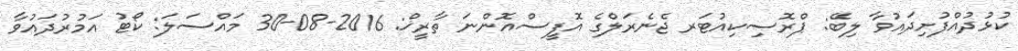
ކުޅުދުއްފުށިދައުވާ ލިބޭ: ޕްރޮސިކިއުޓަރ ޖެނެރަލްގެ އޮފީސްއޮންނަ ތާރީޚް: 2016-08-30 މައްސަލަ: ކޯޓު އަމުރުދައުވާ